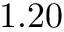
1 . 2 0